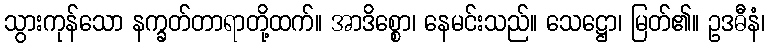
သွားကုန်သော နက္ခတ်တာရာတို့ထက်။ အာဒိစ္စော၊ နေမင်းသည်။ သေဋ္ဌော၊ မြတ်၏။ ဥဒဓီနံ၊